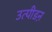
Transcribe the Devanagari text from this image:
उत्पीडऩ